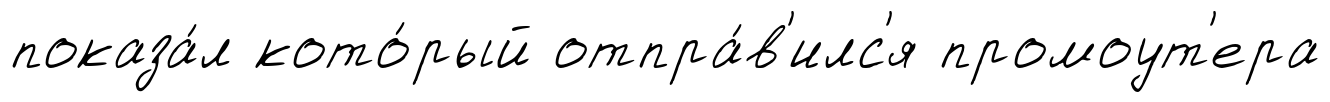
показа́л кото́рый отпра́в'илс'я промоут'ера